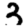
Digit: 3